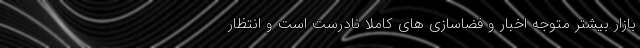
بازار بیشتر متوجه اخبار و فضاسازی های کاملاً نادرست است و انتظار